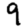
Digit: 9